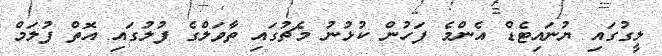
ލީގުގައި ޔުނައިޓެޑް އެންމެ ފަހުން ކުޅުނު މެޗުގައި ތާވަލްގެ ފުލުގައި އޮތް ފުލަމް